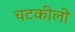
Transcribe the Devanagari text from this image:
चटकीली